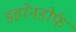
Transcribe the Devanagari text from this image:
डहरेनडोर्फ़